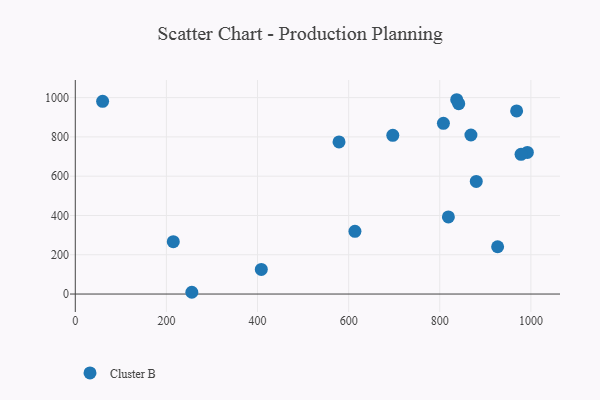
{"axis": {"x": "Experience", "y": "Rating"}, "legend": ["Cluster B"], "data": [{"x": "696.9", "y": 808.3, "type": "Cluster B"}, {"x": "818.9", "y": 392.8, "type": "Cluster B"}, {"x": "408.3", "y": 125.5, "type": "Cluster B"}, {"x": "808.0", "y": 868.9, "type": "Cluster B"}, {"x": "578.9", "y": 774.6, "type": "Cluster B"}, {"x": "215.1", "y": 266.5, "type": "Cluster B"}, {"x": "880.1", "y": 573.6, "type": "Cluster B"}, {"x": "60.0", "y": 981.4, "type": "Cluster B"}, {"x": "837.2", "y": 989.3, "type": "Cluster B"}, {"x": "992.3", "y": 720.9, "type": "Cluster B"}, {"x": "841.6", "y": 969.3, "type": "Cluster B"}, {"x": "927.0", "y": 240.7, "type": "Cluster B"}, {"x": "255.8", "y": 9.0, "type": "Cluster B"}, {"x": "868.4", "y": 809.6, "type": "Cluster B"}, {"x": "968.7", "y": 932.4, "type": "Cluster B"}, {"x": "613.8", "y": 319.5, "type": "Cluster B"}, {"x": "978.4", "y": 711.4, "type": "Cluster B"}]}